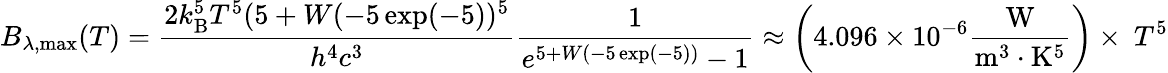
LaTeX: B_{\lambda,{\mathrm{max}}}(T)={\frac{2k_{\mathrm{B}}^{5}T^{5}(5+W(-5\exp(-5))^{5}}{h^{4}c^{3}}}{\frac{1}{e^{5+W(-5\exp(-5))}-1}}\approx\left(4.096\times 10^{-6}{\frac{\mathrm{W}}{{\mathrm{m}}^{3}\cdot{\mathrm{K}}^{5}}}\right)\times~T^{5}